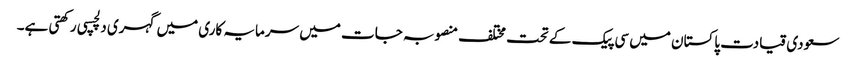
سعودی قیادت پاکستان میں سی پیک کے تحت مختلف منصوبہ جات میں سرمایہ کاری میں گہری دلچسپی رکھتی ہے۔